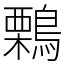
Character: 鷅